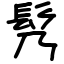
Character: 䯮